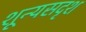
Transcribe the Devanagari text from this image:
शून्यसदृश